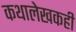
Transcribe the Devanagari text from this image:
कथालेखकही